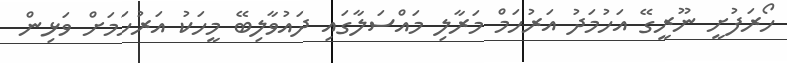
ހޯރަފުށީ ނޫރީގޭ އަހުމަދު އަރުހަމް މަރާލި މައްސަލާގައި ދައުވާލިބޭ މީހަކު އަރުހަމަށް ވަޅިން